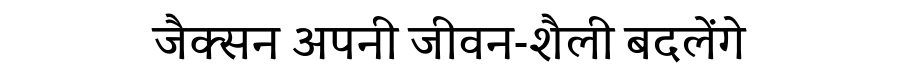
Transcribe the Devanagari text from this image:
जैक्सन अपनी जीवन-शैली बदलेंगे